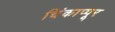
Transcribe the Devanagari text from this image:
चिंकाप्पूर